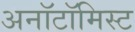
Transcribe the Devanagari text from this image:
अनॉटॉमिस्ट